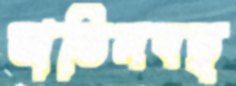
অভিনবত্ব